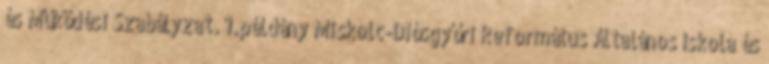
és Működési Szabályzat. 1.példány Miskolc-Diósgyőri Református Általános Iskola és